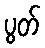
ပွတ်